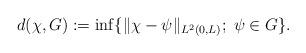
LaTeX: \begin{align*}d(\chi,G):=\inf\{\|\chi-\psi\|_{L^2(0,L)};\;\psi\in G\}.\end{align*}